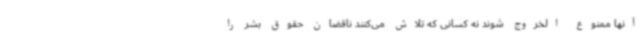
آنها ممنوع الخروج شوند نه کسانی که تلاش می‌کنند ناقضان حقوق بشر را